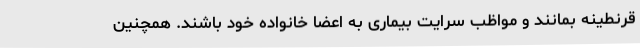
قرنطینه بمانند و مواظب سرایت بیماری به اعضا خانواده خود باشند. همچنین